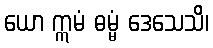
ယော ဣမံ ဓမ္မံ ဒေသေသိ၊